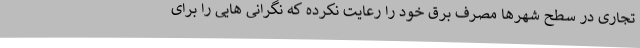
تجاری در سطح شهرها مصرف برق خود را رعایت نکرده که نگرانی هایی را برای